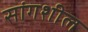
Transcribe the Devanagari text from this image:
सांगशील